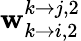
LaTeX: \mathbf{w}_{k\rightarrow i,2}^{k\rightarrow j,2}